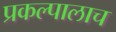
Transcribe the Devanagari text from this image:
प्रकल्पालाच